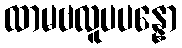
ထာမဗလူပပန္နော